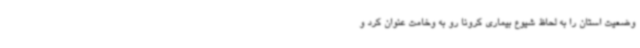
وضعیت استان را به لحاظ شیوع بیماری کرونا رو به وخامت عنوان کرد و